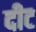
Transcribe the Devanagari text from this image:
दीट